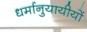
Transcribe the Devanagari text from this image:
धर्मानुयायीयों